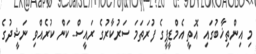
މި އިންތިޚާބުގައި އޮތީ އެމްޑީޕީގެ ފުރަތަމަ ސަރުކާރުގެ ރައީސް ކަން ކުރެއްވި ނަޝީދުގެ